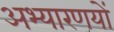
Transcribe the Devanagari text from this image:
अभ्यारणयों